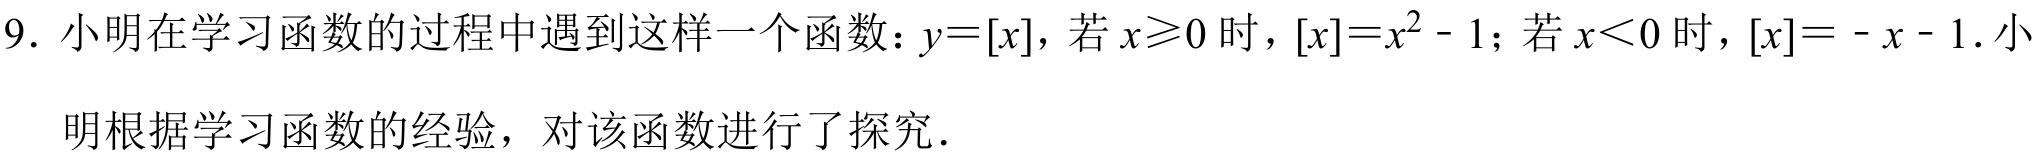
9. 小明在学习函数的过程中遇到这样一个函数：$y = [x]$，若$x\geqslant0$时，$[x]=x^{2}-1$；若$x < 0$时，$[x]= -x - 1$. 小
明根据学习函数的经验，对该函数进行了探究.